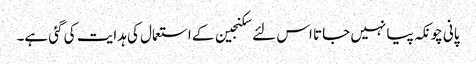
پانی چونکہ پیا نہیں جاتا اس لئے سکنجین کے استعمال کی ہدایت کی گئی ہے۔